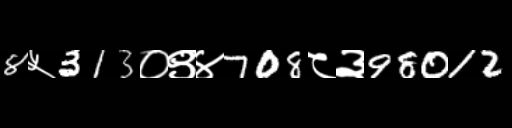
Text: 8५313०९४708८३98012